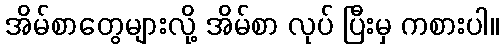
အိမ်စာတွေများလို့ အိမ်စာ လုပ် ပြီးမှ ကစားပါ။